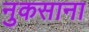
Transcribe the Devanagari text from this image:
नुकसाना